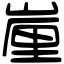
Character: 𡺉